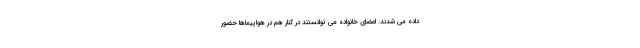
داده می شدند. اعضای خانواده می توانستند در کنار هم در هواپیماها حضور